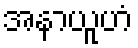
အနာယူဟံ